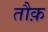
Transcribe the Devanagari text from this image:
तौक़